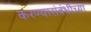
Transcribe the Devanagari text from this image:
करण्यासंबंधीच्या